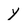
Character: Y